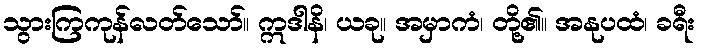
သွားကြကုန်လတ်သော်။ ဣဒါနိ၊ ယခု။ အမှာကံ၊ တို့၏။ အနုပထံ၊ ခရီး